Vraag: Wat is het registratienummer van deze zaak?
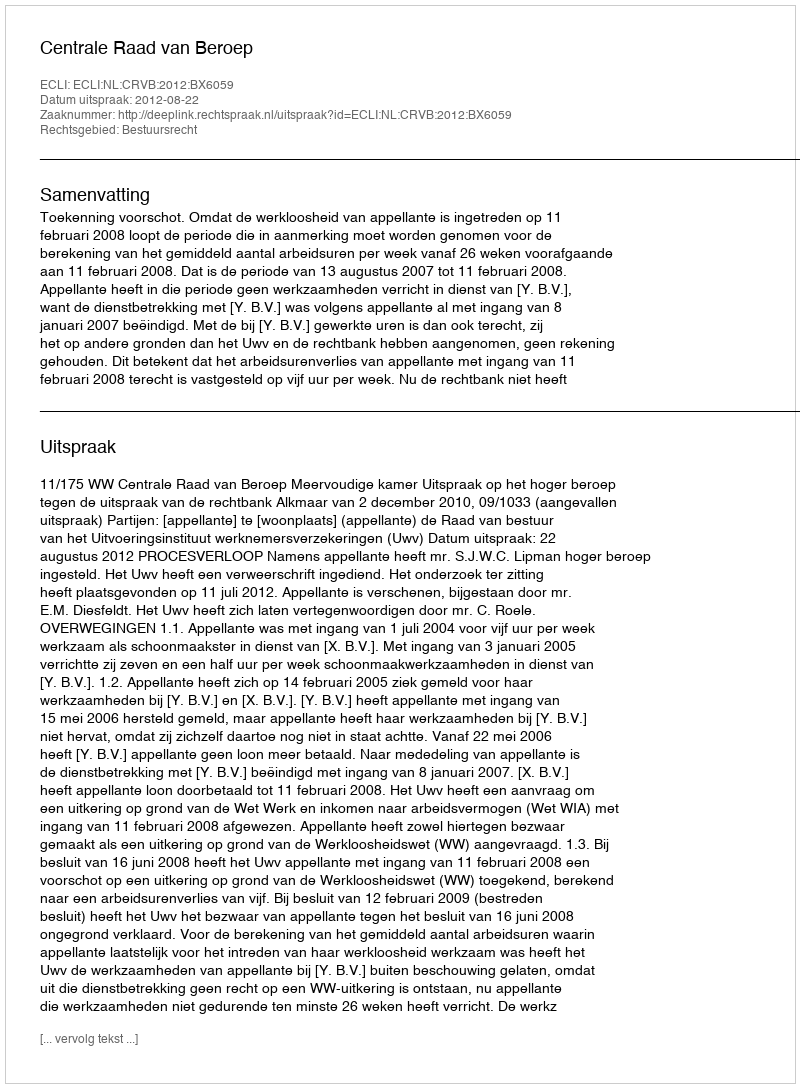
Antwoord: http://deeplink.rechtspraak.nl/uitspraak?id=ECLI:NL:CRVB:2012:BX6059